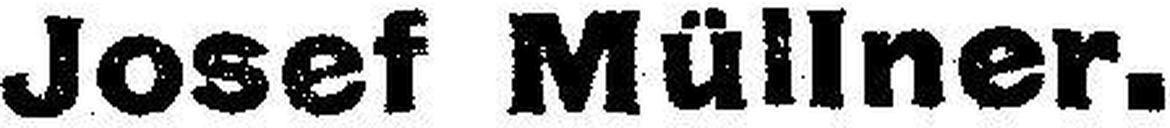
Josef Müllner.